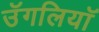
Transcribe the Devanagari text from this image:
उॅगलियाॅ